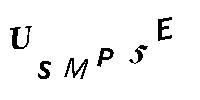
USMP5E